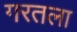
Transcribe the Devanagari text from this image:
गरतला